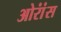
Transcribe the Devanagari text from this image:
ओरांंस